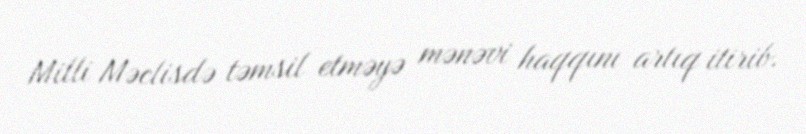
Milli Məclisdə təmsil etməyə mənəvi haqqını artıq itirib.